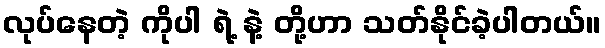
လုပ်နေတဲ့ ကိုပါ ရဲ့ နဲ့ တို့ဟာ သတ်နိုင်ခဲ့ပါတယ်။